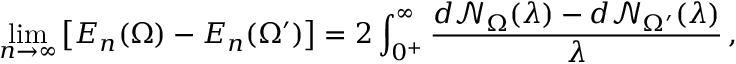
\operatorname* { l i m } _ { n \to \infty } \left[ E _ { n } ( \Omega ) - E _ { n } ( \Omega ^ { \prime } ) \right] = 2 \int _ { 0 ^ { + } } ^ { \infty } \frac { d \mathcal { N } _ { \Omega } ( \lambda ) - d \mathcal { N } _ { \Omega ^ { \prime } } ( \lambda ) } { \lambda } \, ,